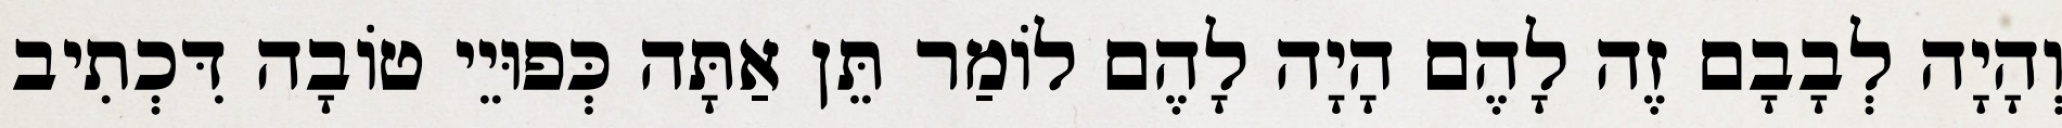
וְהָיָה לְבָבָם זֶה לָהֶם הָיָה לָהֶם לוֹמַר תֵּן אַתָּה כְּפוּיֵי טוֹבָה דִּכְתִיב